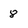
Character: 8